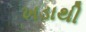
ખડાથી